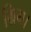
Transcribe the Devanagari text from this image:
ग्रिम।